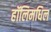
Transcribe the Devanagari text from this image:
हॉलिमधिल